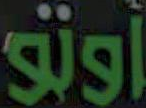
أوتو